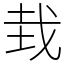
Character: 㦳